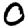
Digit: 0